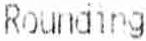
ROUNDING